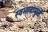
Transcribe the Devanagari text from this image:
स्वभावामुळें